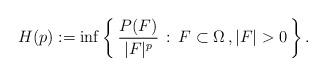
LaTeX: \begin{align*}H(p):= \inf\left\{\,\frac{P(F)}{|F|^p}\,:\, F\subset \Omega\,, |F|>0\,\right\}.\end{align*}